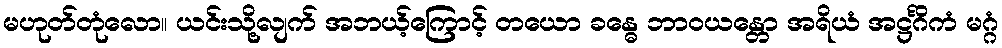
မဟုတ်တုံလော။ ယင်းသို့လျက် အဘယ့်ကြောင့် တယော ခန္ဓေ ဘာဝယန္တော အရိယံ အဋ္ဌင်္ဂိကံ မဂ္ဂံ